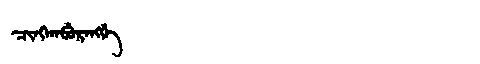
Manchu: ᠴᡳᠩᡴᠠᠪᡠᡵᠠᠩᡤᡝ
Romanization: CINGKABURANGGE